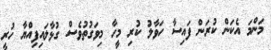
މަންމަ އެކަން ކުރަން ފައިސާ ހަވާލު ކުރި މީހާ މިވަގުތުވެސް ގުޅާލައިފިއްޔާ ހުރީ